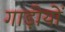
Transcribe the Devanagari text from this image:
गाड़ीयों